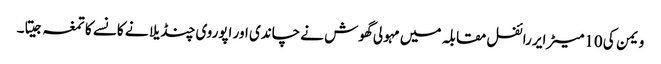
ویمن کی 10میٹر ایر رائفل مقابلہ میں مہولی گھوش نے چاندی اور اپوروی چنڈیلا نے کانسے کا تمغہ جیتا۔